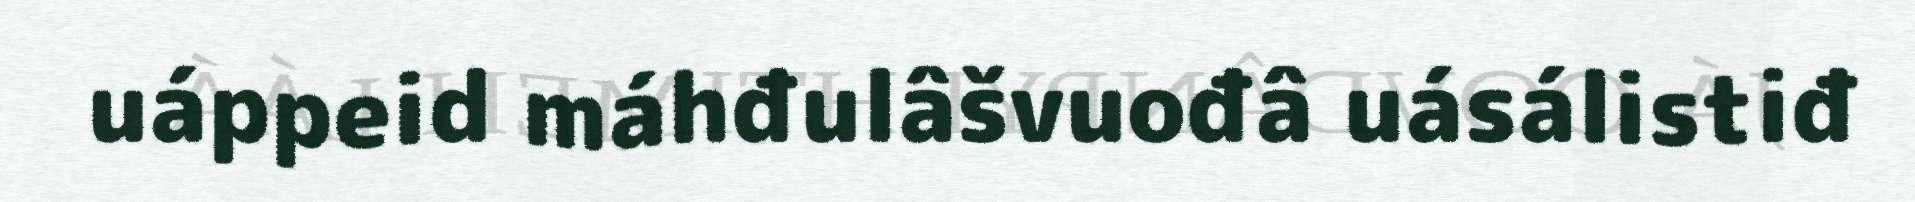
uáppeid máhđulâšvuođâ uásálistiđ